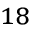
^ { 1 8 }